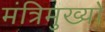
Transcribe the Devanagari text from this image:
मंत्रिमुख्यों